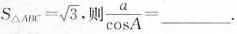
$$S_{\Delta ABC}= \sqrt{3}$$, 则$$\frac{a}{\cos A}=___$$.